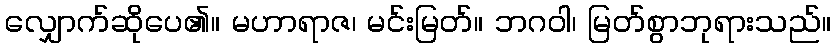
လျှောက်ဆိုပေ၏။ မဟာရာဇ၊ မင်းမြတ်။ ဘဂဝါ၊ မြတ်စွာဘုရားသည်။